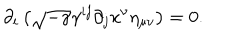
\partial _ { i } \left( \sqrt { - \gamma } \gamma ^ { i j } \partial _ { j } x ^ { \nu } \eta _ { \mu \nu } \right) = 0 .